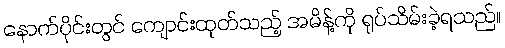
နောက်ပိုင်းတွင် ကျောင်းထုတ်သည့် အမိန့်ကို ရုပ်သိမ်းခဲ့ရသည်။